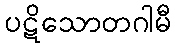
ပဋိသောတဂါမီ